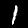
Label: 1